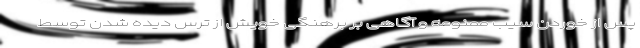
پس از خوردن سیب ممنوعه و آگاهی بر برهنگی خویش از ترس دیده شدن توسط